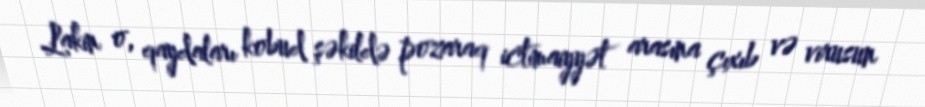
Lakin o, qaydaları kobud şəkildə pozaraq ictimaiyyət arasına çıxıb və virusun